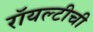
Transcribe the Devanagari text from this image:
रॉयल्टीची